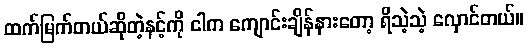
ထက်မြက်တယ်ဆိုတဲ့နင့်ကို ငါက ကျောင်းချိန်နားတော့ ရိသဲ့သဲ့ လှောင်တယ်။